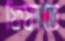
ফিফাতে